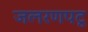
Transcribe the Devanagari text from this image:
जलरणपटू